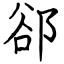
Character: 郤